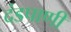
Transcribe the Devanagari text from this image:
दंडपाणी